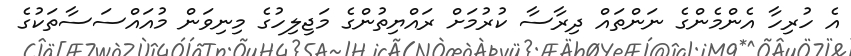
އެ ހުރިހާ އެންމެންގެ ނަންތައް ދިރާސާ ކުރުމަށް ރައްޔިތުންގެ މަޖިލިހުގެ މިނިވަން މުއައްސަސާތަކުގެ